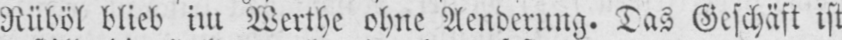
Rüböl blieb im Werthe ohne Aenderung. Das Geschäft ist